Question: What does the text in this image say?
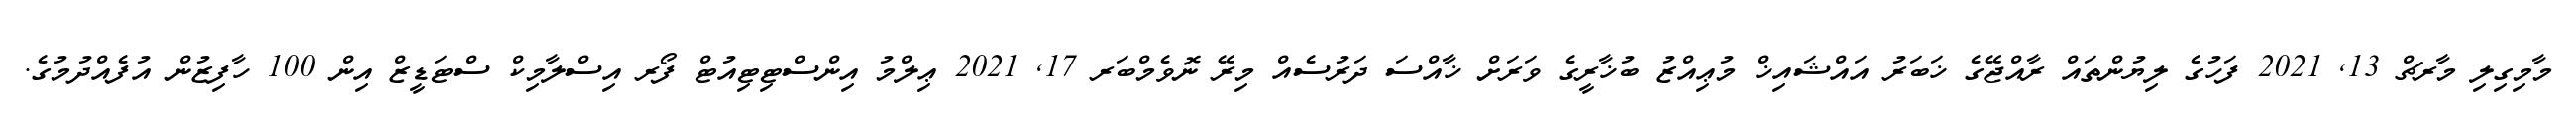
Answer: މާމިގިލި މާރޗް 13, 2021 ފަހުގެ ލިޔުންތައް ރާއްޖޭގެ ޚަބަރު އައްޝައިޚް މުޢިއްޒު ބުޚާރީގެ ވަރަށް ޚާއްސަ ދަރުސެއް މިރޭ ނޮވެމްބަރ 17, 2021 ޢިލްމު އިންސްޓިޓިއުޓް ފޯރ އިސްލާމިކް ސްޓަޑީޒް އިން 100 ހާފިޒުން އުފެއްދުމުގެ.